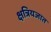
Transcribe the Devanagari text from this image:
क्षत्रियजात